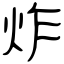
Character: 炸